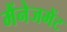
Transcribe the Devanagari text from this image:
मैंनेजमेंट